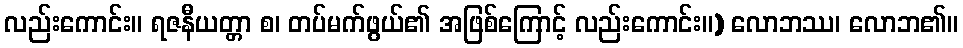
လည်းကောင်း။ ရဇနီယတ္တာ စ၊ တပ်မက်ဖွယ်၏ အဖြစ်ကြောင့် လည်းကောင်း။) လောဘဿ၊ လောဘ၏။